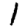
Digit: 1